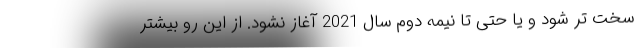
سخت تر شود و یا حتی تا نیمه دوم سال 2021 آغاز نشود. از این رو بیشتر